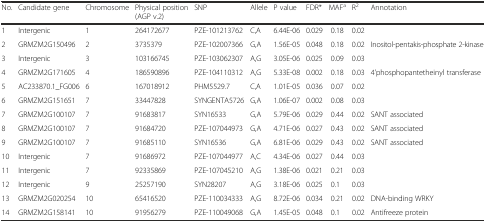
<table><thead><tr><td><b>No.</b></td><td><b>Candidate gene</b></td><td><b>Chromosome</b></td><td><b>Physical position (AGP v.2)</b></td><td><b>SNP</b></td><td><b>Allele</b></td><td><b>P value</b></td><td><b>FDR*</b></td><td><b>MAF<sup>a</sup></b></td><td><b>R<sup>2</sup></b></td><td><b>Annotation</b></td></tr></thead><tbody><tr><td>1</td><td>Intergenic</td><td>1</td><td>264172677</td><td>PZE-101213762</td><td>C,A</td><td>6.44E-06</td><td>0.029</td><td>0.18</td><td>0.02</td><td></td></tr><tr><td>2</td><td>GRMZM2G150496</td><td>2</td><td>3735379</td><td>PZE-102007366</td><td>G,A</td><td>1.56E-05</td><td>0.048</td><td>0.18</td><td>0.02</td><td>Inositol-pentakis-phosphate 2-kinase</td></tr><tr><td>3</td><td>Intergenic</td><td>3</td><td>103166745</td><td>PZE-103062307</td><td>A,G</td><td>3.05E-06</td><td>0.025</td><td>0.09</td><td>0.03</td><td></td></tr><tr><td>4</td><td>GRMZM2G171605</td><td>4</td><td>186590896</td><td>PZE-104110312</td><td>A,G</td><td>5.33E-08</td><td>0.002</td><td>0.18</td><td>0.03</td><td>4&#x27;phosphopantetheinyl transferase</td></tr><tr><td>5</td><td>AC233870.1_FG006</td><td>6</td><td>167018912</td><td>PHM5529.7</td><td>C,A</td><td>1.01E-05</td><td>0.036</td><td>0.07</td><td>0.02</td><td></td></tr><tr><td>6</td><td>GRMZM2G151651</td><td>7</td><td>33447828</td><td>SYNGENTA5726</td><td>G,A</td><td>1.06E-07</td><td>0.002</td><td>0.08</td><td>0.03</td><td></td></tr><tr><td>7</td><td>GRMZM2G100107</td><td>7</td><td>91683817</td><td>SYN16533</td><td>G,A</td><td>5.79E-06</td><td>0.029</td><td>0.44</td><td>0.02</td><td>SANT associated</td></tr><tr><td>8</td><td>GRMZM2G100107</td><td>7</td><td>91684720</td><td>PZE-107044973</td><td>G,A</td><td>4.71E-06</td><td>0.027</td><td>0.43</td><td>0.02</td><td>SANT associated</td></tr><tr><td>9</td><td>GRMZM2G100107</td><td>7</td><td>91685110</td><td>SYN16536</td><td>G,A</td><td>6.81E-06</td><td>0.029</td><td>0.43</td><td>0.02</td><td>SANT associated</td></tr><tr><td>10</td><td>Intergenic</td><td>7</td><td>91686972</td><td>PZE-107044977</td><td>A,C</td><td>4.34E-06</td><td>0.027</td><td>0.44</td><td>0.03</td><td></td></tr><tr><td>11</td><td>Intergenic</td><td>7</td><td>92335869</td><td>PZE-107045210</td><td>A,G</td><td>1.38E-06</td><td>0.021</td><td>0.21</td><td>0.03</td><td></td></tr><tr><td>12</td><td>Intergenic</td><td>9</td><td>25257190</td><td>SYN28207</td><td>A,G</td><td>3.18E-06</td><td>0.025</td><td>0.1</td><td>0.03</td><td></td></tr><tr><td>13</td><td>GRMZM2G020254</td><td>10</td><td>65416520</td><td>PZE-110034333</td><td>A,G</td><td>8.72E-06</td><td>0.034</td><td>0.21</td><td>0.02</td><td>DNA-binding WRKY</td></tr><tr><td>14</td><td>GRMZM2G158141</td><td>10</td><td>91956279</td><td>PZE-110049068</td><td>G,A</td><td>1.45E-05</td><td>0.048</td><td>0.1</td><td>0.02</td><td>Antifreeze protein</td></tr></tbody></table>